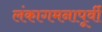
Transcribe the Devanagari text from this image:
लंकागमनापूर्वी